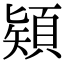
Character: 𩓙